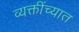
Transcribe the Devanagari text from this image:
व्यक्तींच्यात